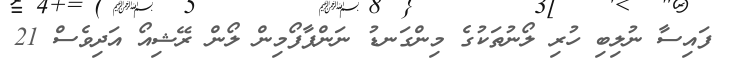
ފައިސާ ނުލިބި ހުރި ލޯނުތަކުގެ މިންގަނޑު ނަންޕާފޯމިން ލޯން ރޭޝިއޯ އަދިވެސް 21